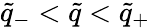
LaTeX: \tilde{q}_{-}<\tilde{q}<\tilde{q}_{+}